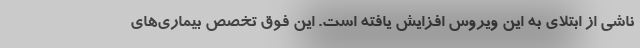
ناشی از ابتلای به این ویروس افزایش یافته است. این فوق تخصص بیماری‌های